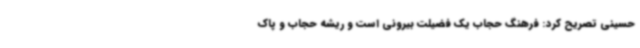
حسینی تصریح کرد: فرهنگ حجاب یک فضیلت بیرونی است و ریشه حجاب و پاک